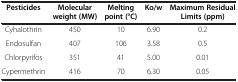
<table><thead><tr><td><b>Pesticides</b></td><td><b>Molecular weight (MW)</b></td><td><b>Melting point (°C)</b></td><td><b>Ko/w</b></td><td><b>Maximum Residual Limits (ppm)</b></td></tr></thead><tbody><tr><td>Cyhalothrin</td><td>450</td><td>10</td><td>6.90</td><td>0.2</td></tr><tr><td>Endosulfan</td><td>407</td><td>106</td><td>3.58</td><td>0.5</td></tr><tr><td>Chlorpyrifos</td><td>351</td><td>41</td><td>5.00</td><td>0.01</td></tr><tr><td>Cypermethrin</td><td>416</td><td>70</td><td>6.30</td><td>0.05</td></tr></tbody></table>